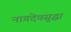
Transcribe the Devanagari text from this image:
नागदेवसुद्धा